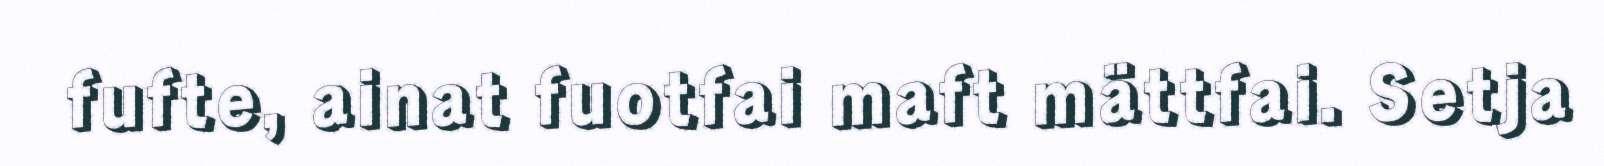
fufte, ainat fuotfai maft mättfai. Setja